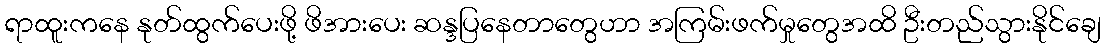
ရာထူးကနေ နုတ်ထွက်ပေးဖို့ ဖိအားပေး ဆန္ဒပြနေတာတွေဟာ အကြမ်းဖက်မှုတွေအထိ ဦးတည်သွားနိုင်ချေ